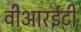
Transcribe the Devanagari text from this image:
वीआरईटी